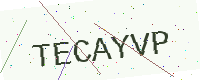
Text: TECAYVP